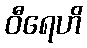
ဝီရေဟိ